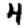
Digit: 4